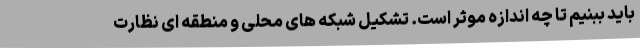
باید ببنیم تا چه اندازه موثر است. تشکیل شبکه های محلی و منطقه ای نظارت